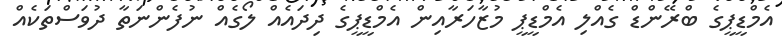
އެމްޑީޕީގެ ބްރޭންޑް ގެއްލި އެމްޑީޕީ މުޒާހަރާއިން އެމްޑީޕީގެ ދިދައެއް ލޯގެއް ނުފެންނަތާ ދުވަސްތަކެއް